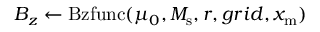
B _ { z } \gets \mathrm { B z f u n c } ( \mu _ { 0 } , M _ { \mathrm { s } } , r , g r i d , x _ { \mathrm { m } } )